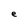
Character: e